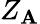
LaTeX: Z_{\mathbf{A}}